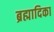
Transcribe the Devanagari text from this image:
ब्रह्मादिका